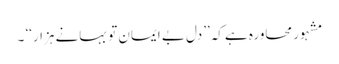
مشہور محاورہ ہے کہ’’دل بے ایمان تو بہانے ہزار‘‘ ۔